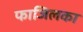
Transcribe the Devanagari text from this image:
फाजिलका